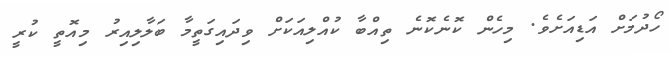
ހޯދުމަށް އަޑިއަށެވެ. މިހެން ކޮނެކޮނެ ތިއްބާ ކުއްލިއަކަށް ވިދައިގަތީމާ ބަލާލިއިރު މިއޮތީ ކުރީ